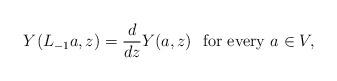
LaTeX: \begin{align*}Y(L_{-1}a,z)=\frac{d}{dz}Y(a,z)\ \ \mbox{for every } a \in V ,\end{align*}